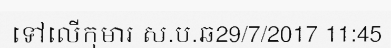
ទៅលើកុមារ ស.ប.ឆ29/7/2017 11:45